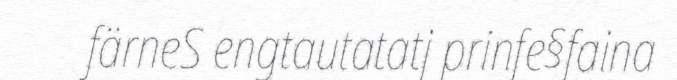
färneS engtautatatj prinfe§faina